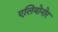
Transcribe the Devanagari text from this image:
एलियोनोर